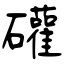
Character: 礶